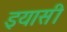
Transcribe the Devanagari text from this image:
इयासी